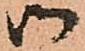
御